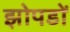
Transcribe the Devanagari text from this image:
झोपडों